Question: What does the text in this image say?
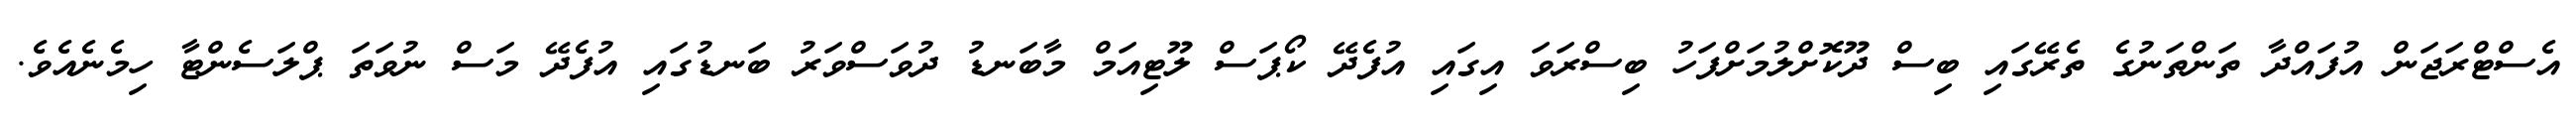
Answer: އެސްޓްރަޖަން އުފައްދާ ތަންތަނުގެ ތެރޭގައި ބިސް ދޫކޮށްލުމަށްފަހު ބިސްރަވަ އިގައި އުފެދޭ ކޯޕަސް ލޫޓިއަމް މާބަނޑު ދުވަސްވަރު ބަނޑުގައި އުފެދޭ މަސް ނުވަތަ ޕްލަސެންޓާ ހިމެނެއެވެ.